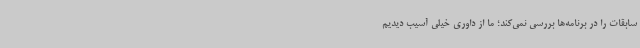
سابقات را در برنامه‌ها بررسی نمی‌کند؛ ما از داوری خیلی آسیب دیدیم